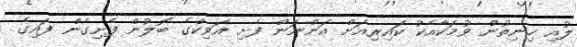
ލުއި ހިނިތުން ވުމަކާއެކު ކައިރިއަށް އަންނަން ފެށި އަވިކްގެ ބޮލުން ފެށިގެން ފައިގެ